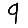
Digit: 9